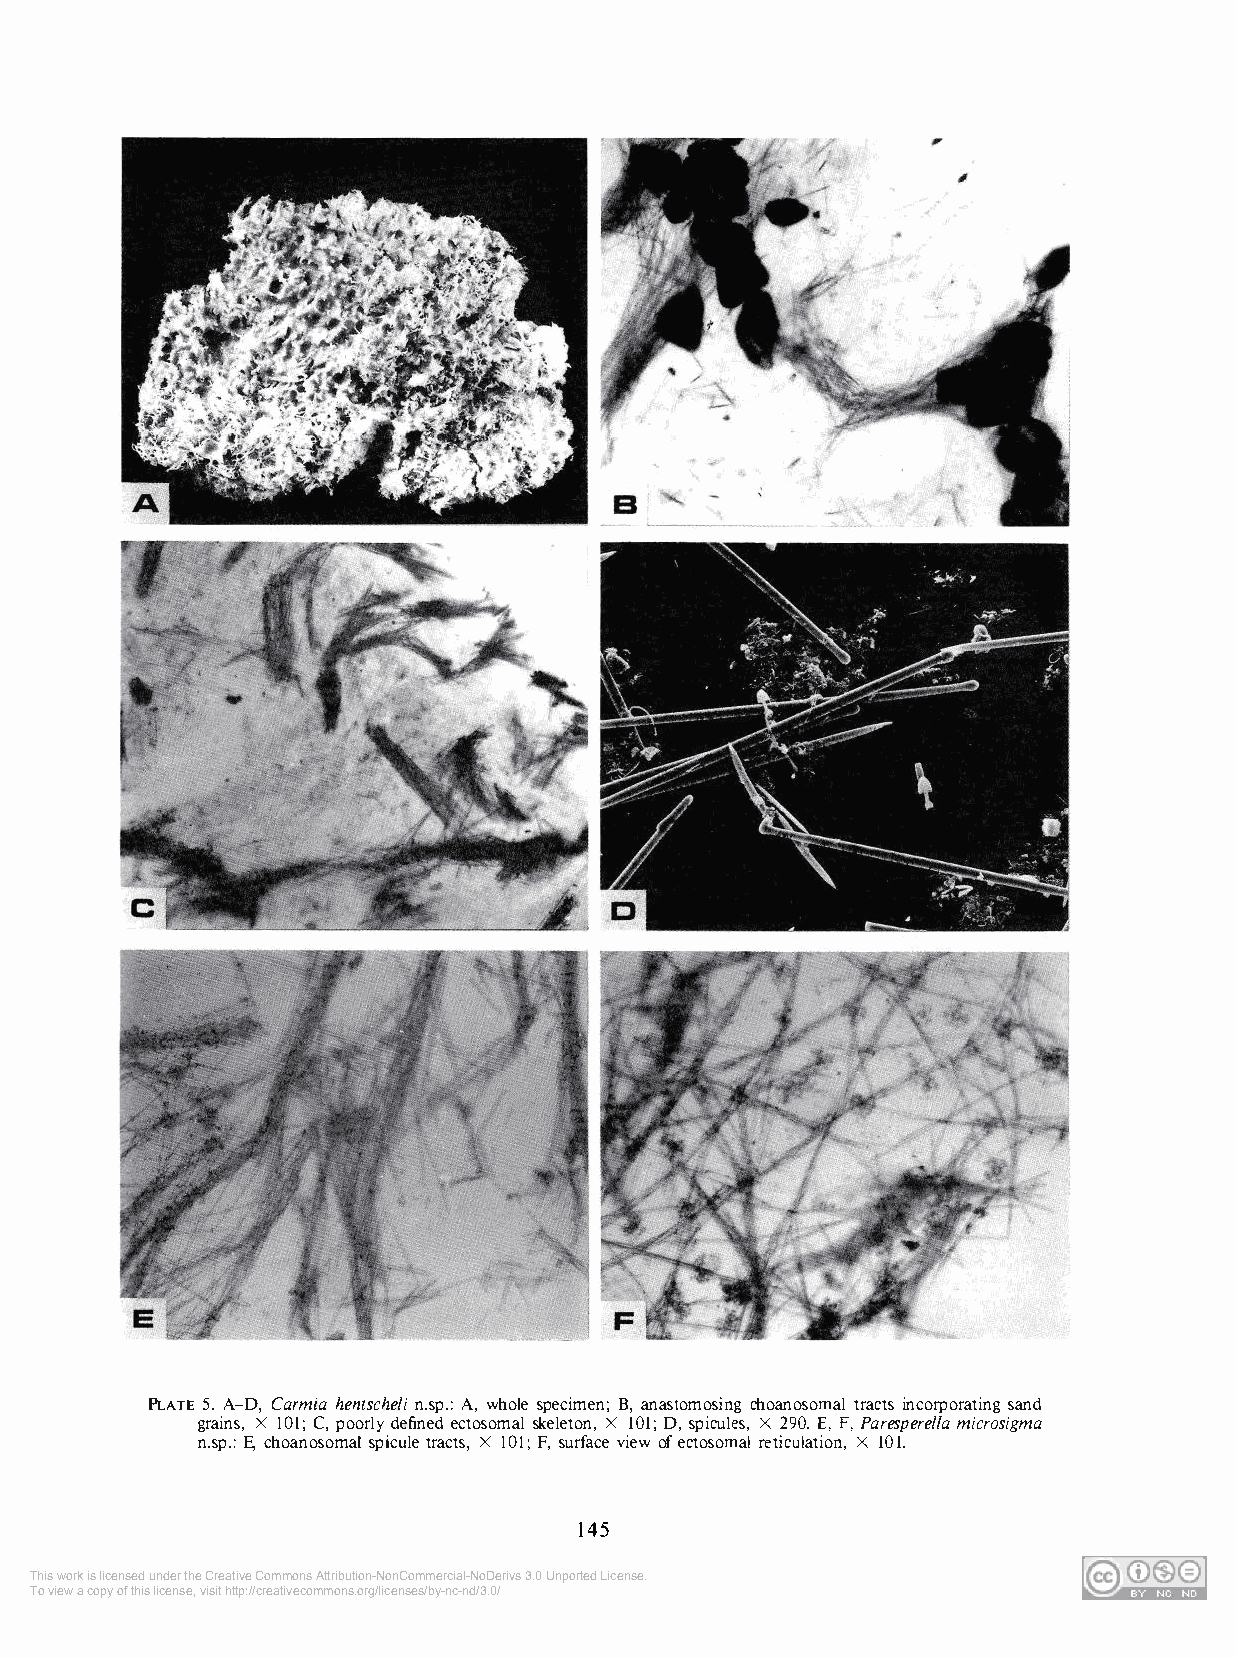
PLATE 5. A-D, Carmia hentscheli n.sp.: A, whole specimen; B, anastomosing choanosomal tracts incorporating sand
 grains, X JOI; C, poorly defined ectosomal skeleton, X 101; D, spicules, X 290. E, F, Paresperel!a microsigma
 n.sp.: E, choanosomal spicule tracts, X JOI; F, surface view of ectosomal reticulation, X 101.
 145
 This work is licensed under the Creative Commons Attribution-NonCommercial-NoDerivs 3.0 Unported License.
 To view a copy of this license, visit http://creativecommons.org/licenses/by-nc-nd/3.0/